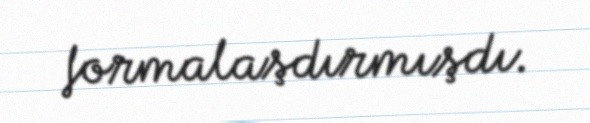
formalaşdırmışdı.